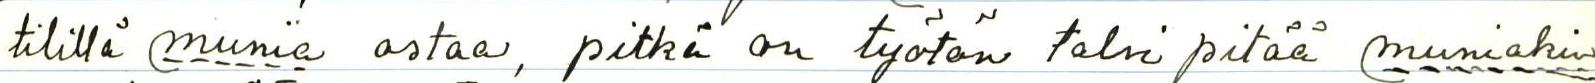
tilillä munia ostaa, pitkä on työtön talvi pitää muniakin